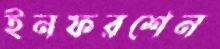
ইনফরশেন